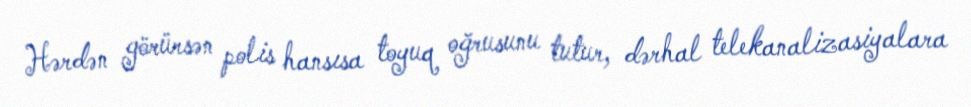
Hərdən görürsən polis hansısa toyuq oğrusunu tutur, dərhal telekanalizasiyalara